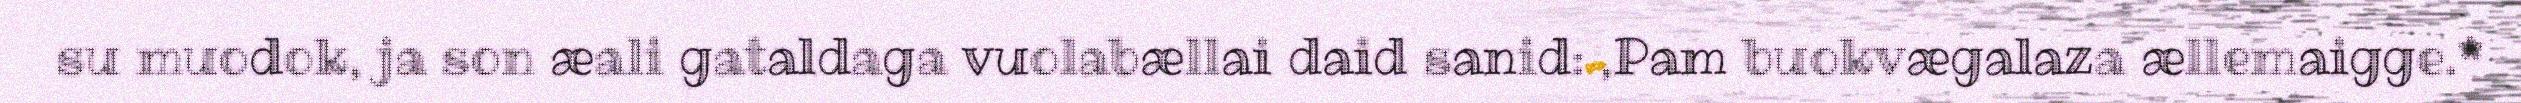
su muodok, ja son æali gataldaga vuolabællai daid sanid: ,Pam buokvægalaza ællemaigge.*